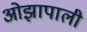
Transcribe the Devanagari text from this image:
ओझापाली